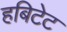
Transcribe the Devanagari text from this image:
हबिटेट